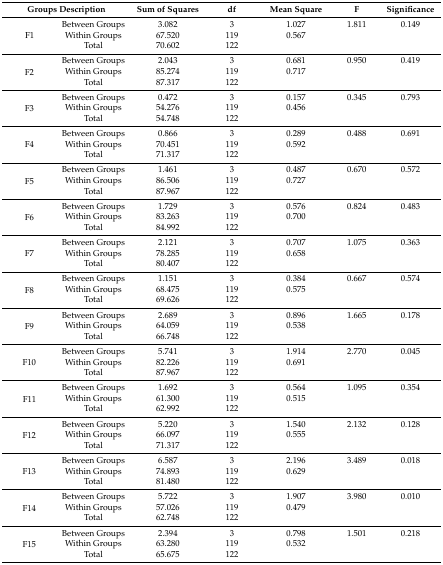
<table><thead><tr><td colspan="2"><b>Groups Description</b></td><td><b>Sum of Squares</b></td><td><b>df</b></td><td><b>Mean Square</b></td><td><b>F</b></td><td><b>Significance</b></td></tr></thead><tbody><tr><td rowspan="3">F1</td><td>Between Groups</td><td>3.082</td><td>3</td><td>1.027</td><td>1.811</td><td>0.149</td></tr><tr><td>Within Groups</td><td>67.520</td><td>119</td><td>0.567</td><td></td><td></td></tr><tr><td>Total</td><td>70.602</td><td>122</td><td></td><td></td><td></td></tr><tr><td rowspan="3">F2</td><td>Between Groups</td><td>2.043</td><td>3</td><td>0.681</td><td>0.950</td><td>0.419</td></tr><tr><td>Within Groups</td><td>85.274</td><td>119</td><td>0.717</td><td></td><td></td></tr><tr><td>Total</td><td>87.317</td><td>122</td><td></td><td></td><td></td></tr><tr><td rowspan="3">F3</td><td>Between Groups</td><td>0.472</td><td>3</td><td>0.157</td><td>0.345</td><td>0.793</td></tr><tr><td>Within Groups</td><td>54.276</td><td>119</td><td>0.456</td><td></td><td></td></tr><tr><td>Total</td><td>54.748</td><td>122</td><td></td><td></td><td></td></tr><tr><td rowspan="3">F4</td><td>Between Groups</td><td>0.866</td><td>3</td><td>0.289</td><td>0.488</td><td>0.691</td></tr><tr><td>Within Groups</td><td>70.451</td><td>119</td><td>0.592</td><td></td><td></td></tr><tr><td>Total</td><td>71.317</td><td>122</td><td></td><td></td><td></td></tr><tr><td rowspan="3">F5</td><td>Between Groups</td><td>1.461</td><td>3</td><td>0.487</td><td>0.670</td><td>0.572</td></tr><tr><td>Within Groups</td><td>86.506</td><td>119</td><td>0.727</td><td></td><td></td></tr><tr><td>Total</td><td>87.967</td><td>122</td><td></td><td></td><td></td></tr><tr><td rowspan="3">F6</td><td>Between Groups</td><td>1.729</td><td>3</td><td>0.576</td><td>0.824</td><td>0.483</td></tr><tr><td>Within Groups</td><td>83.263</td><td>119</td><td>0.700</td><td></td><td></td></tr><tr><td>Total</td><td>84.992</td><td>122</td><td></td><td></td><td></td></tr><tr><td rowspan="3">F7</td><td>Between Groups</td><td>2.121</td><td>3</td><td>0.707</td><td>1.075</td><td>0.363</td></tr><tr><td>Within Groups</td><td>78.285</td><td>119</td><td>0.658</td><td></td><td></td></tr><tr><td>Total</td><td>80.407</td><td>122</td><td></td><td></td><td></td></tr><tr><td rowspan="3">F8</td><td>Between Groups</td><td>1.151</td><td>3</td><td>0.384</td><td>0.667</td><td>0.574</td></tr><tr><td>Within Groups</td><td>68.475</td><td>119</td><td>0.575</td><td></td><td></td></tr><tr><td>Total</td><td>69.626</td><td>122</td><td></td><td></td><td></td></tr><tr><td rowspan="3">F9</td><td>Between Groups</td><td>2.689</td><td>3</td><td>0.896</td><td>1.665</td><td>0.178</td></tr><tr><td>Within Groups</td><td>64.059</td><td>119</td><td>0.538</td><td></td><td></td></tr><tr><td>Total</td><td>66.748</td><td>122</td><td></td><td></td><td></td></tr><tr><td rowspan="3">F10</td><td>Between Groups</td><td>5.741</td><td>3</td><td>1.914</td><td>2.770</td><td>0.045</td></tr><tr><td>Within Groups</td><td>82.226</td><td>119</td><td>0.691</td><td></td><td></td></tr><tr><td>Total</td><td>87.967</td><td>122</td><td></td><td></td><td></td></tr><tr><td rowspan="3">F11</td><td>Between Groups</td><td>1.692</td><td>3</td><td>0.564</td><td>1.095</td><td>0.354</td></tr><tr><td>Within Groups</td><td>61.300</td><td>119</td><td>0.515</td><td></td><td></td></tr><tr><td>Total</td><td>62.992</td><td>122</td><td></td><td></td><td></td></tr><tr><td rowspan="3">F12</td><td>Between Groups</td><td>5.220</td><td>3</td><td>1.540</td><td>2.132</td><td>0.128</td></tr><tr><td>Within Groups</td><td>66.097</td><td>119</td><td>0.555</td><td></td><td></td></tr><tr><td>Total</td><td>71.317</td><td>122</td><td></td><td></td><td></td></tr><tr><td rowspan="3">F13</td><td>Between Groups</td><td>6.587</td><td>3</td><td>2.196</td><td>3.489</td><td>0.018</td></tr><tr><td>Within Groups</td><td>74.893</td><td>119</td><td>0.629</td><td></td><td></td></tr><tr><td>Total</td><td>81.480</td><td>122</td><td></td><td></td><td></td></tr><tr><td rowspan="3">F14</td><td>Between Groups</td><td>5.722</td><td>3</td><td>1.907</td><td>3.980</td><td>0.010</td></tr><tr><td>Within Groups</td><td>57.026</td><td>119</td><td>0.479</td><td></td><td></td></tr><tr><td>Total</td><td>62.748</td><td>122</td><td></td><td></td><td></td></tr><tr><td rowspan="3">F15</td><td>Between Groups</td><td>2.394</td><td>3</td><td>0.798</td><td>1.501</td><td>0.218</td></tr><tr><td>Within Groups</td><td>63.280</td><td>119</td><td>0.532</td><td></td><td></td></tr><tr><td>Total</td><td>65.675</td><td>122</td><td></td><td></td><td></td></tr></tbody></table>